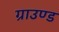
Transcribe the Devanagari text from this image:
ग्राउण्‍ड